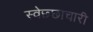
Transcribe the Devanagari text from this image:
स्वेछ्छाचारी